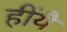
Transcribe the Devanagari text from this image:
हींयै